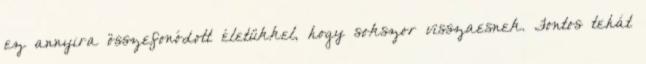
ez annyira összefonódott életükkel, hogy sokszor visszaesnek. Fontos tehát